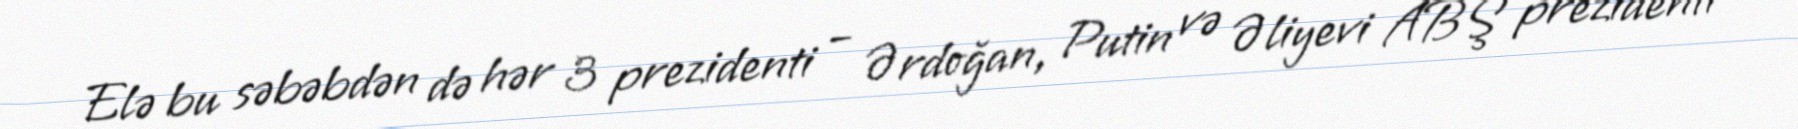
Elə bu səbəbdən də hər 3 prezidenti – Ərdoğan, Putin və Əliyevi ABŞ prezidenti